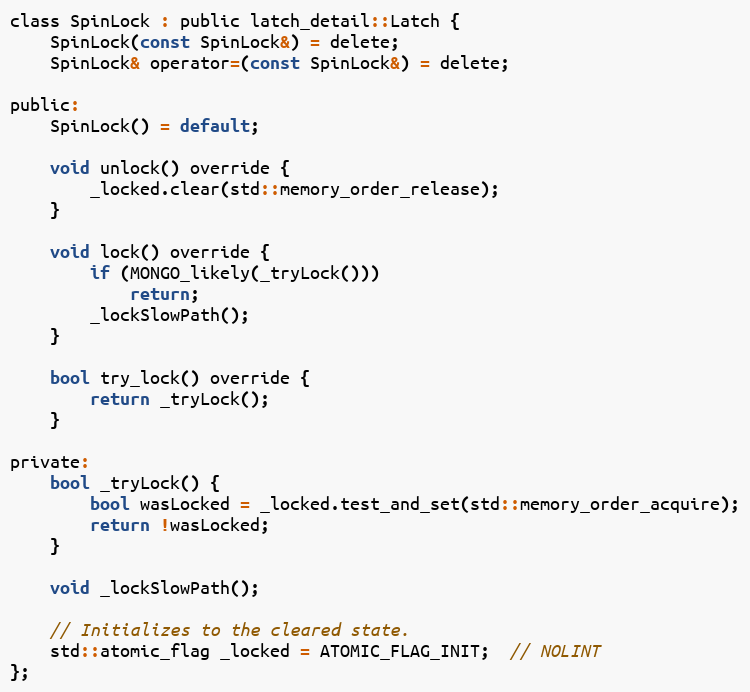
Language: C
class SpinLock : public latch_detail::Latch {
    SpinLock(const SpinLock&) = delete;
    SpinLock& operator=(const SpinLock&) = delete;

public:
    SpinLock() = default;

    void unlock() override {
        _locked.clear(std::memory_order_release);
    }

    void lock() override {
        if (MONGO_likely(_tryLock()))
            return;
        _lockSlowPath();
    }

    bool try_lock() override {
        return _tryLock();
    }

private:
    bool _tryLock() {
        bool wasLocked = _locked.test_and_set(std::memory_order_acquire);
        return !wasLocked;
    }

    void _lockSlowPath();

    // Initializes to the cleared state.
    std::atomic_flag _locked = ATOMIC_FLAG_INIT;  // NOLINT
};